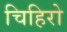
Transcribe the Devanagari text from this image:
चिहिरो